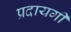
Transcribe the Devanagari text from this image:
प्रदायगी